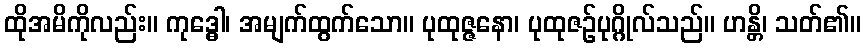
ထိုအမိကိုလည်း။ ကုဒ္ဓေါ၊ အမျက်ထွက်သော။ ပုထုဇ္ဇနော၊ ပုထုဇဉ်ပုဂ္ဂိုလ်သည်။ ဟန္တိ၊ သတ်၏။